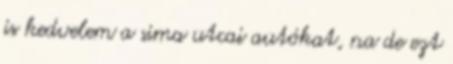
is kedvelem a sima utcai autókat, na de ezt